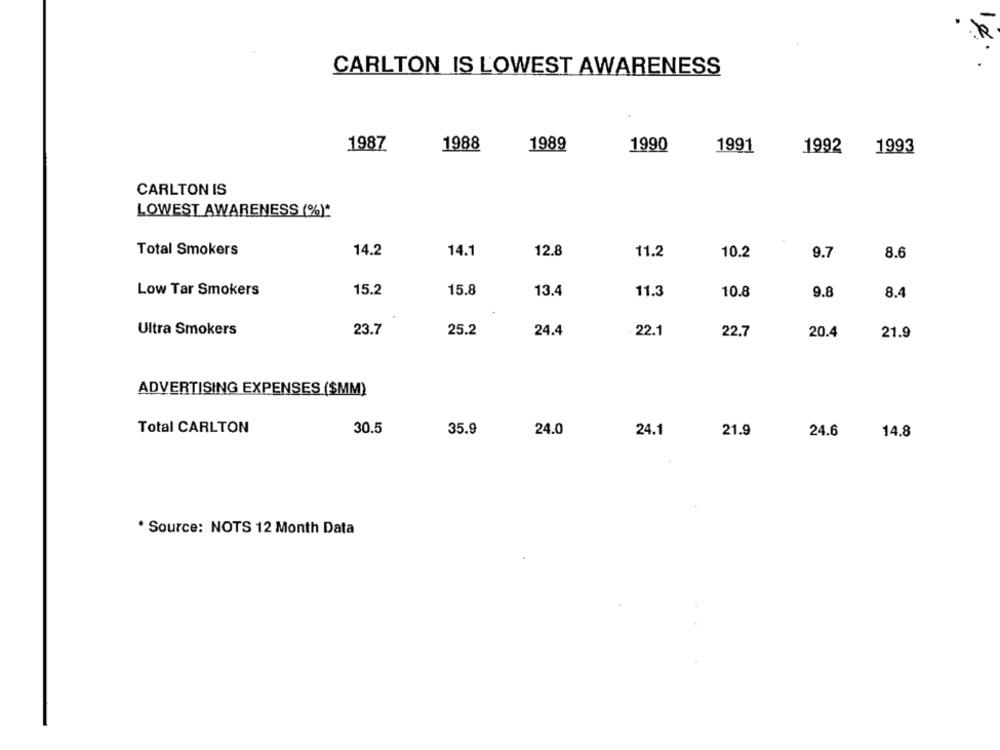
CARLTON IS LOWEST AWARENESS
1987
1988
1989
1990
1991
1992
1993
CARLTON IS
LOWEST AWARENESS (%)*
Total Smokers
14.2
14.1
12.8
11.2
10.2
9.7
8.6
Low Tar Smokers
15.2
15.8
13.4
11.3
10.8
9.8
8.4
Ultra Smokers
23.7
25.2
24.4
. 22.1
22.7
20.4
21.9
ADVERTISING EXPENSES ($MM)
Total CARLTON
30.5
35.9
24.0
24.1
21.9
24.6
14.8
* Source: NOTS 12 Month Data